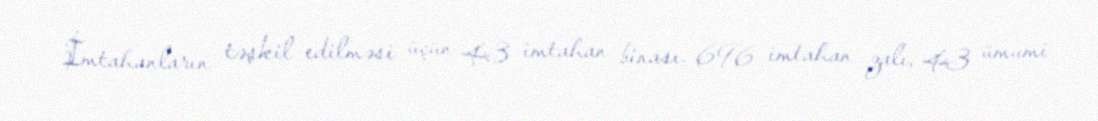
İmtahanların təşkil edilməsi üçün 43 imtahan binası, 696 imtahan zalı, 43 ümumi